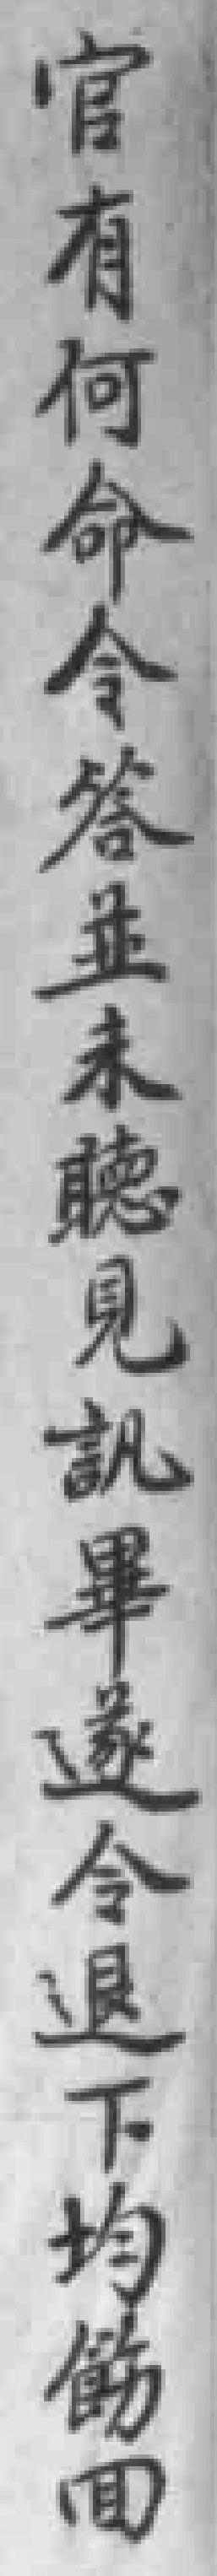
官有何命令答並未聼見訊畢遂令退下均飭囬